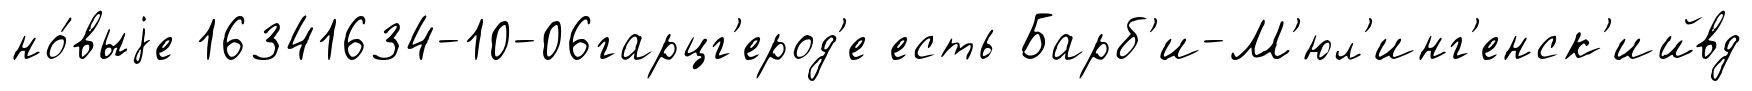
но́выjе 16341634-10-06гарцг'ерод'е есть Барб'и-М'юл'инг'енск'ийвд